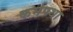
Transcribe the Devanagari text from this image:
कर्मपथा